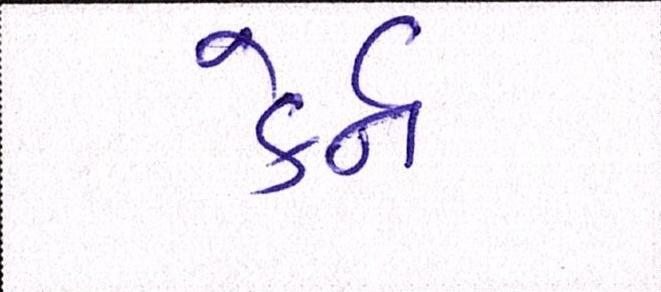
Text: કેર્ન